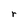
Character: r